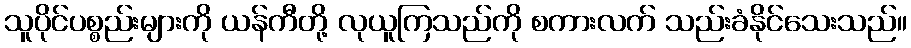
သူပိုင်ပစ္စည်းများကို ယန်ကီတို့ လုယူကြသည်ကို စကားလက် သည်းခံနိုင်သေးသည်။